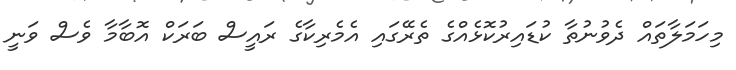
މިހަމަލާތައް ދެވުނުތާ ކުޑައިރުކޮޅެއްގެ ތެރޭގައި އެމެރިކާގެ ރައީސް ބަރަކް އޮބާމާ ވެސް ވަނީ